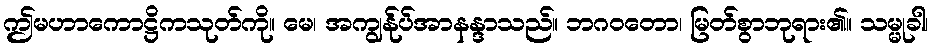
ဤမဟာကောဋ္ဌိကသုတ်ကို။ မေ၊ အကျွန်ုပ်အာနန္ဒာသည်။ ဘဂဝတော၊ မြတ်စွာဘုရား၏။ သမ္မုခါ၊